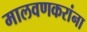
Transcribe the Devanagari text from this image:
मालवणकरांना